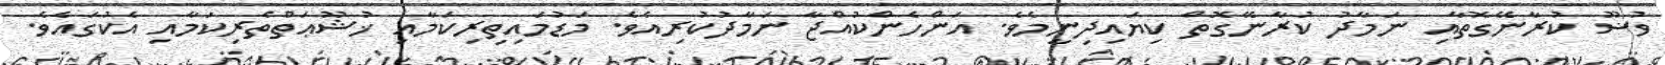
ވުޟޫ ކުރާނޭގޮތާއި ނަމާދު ކުރާނޭގޮތް ކިޔައިދިނީމެވެ. އަންހެންކުއްޖާ ނަމާދުކުރިއެވެ. މަޑުމައިތިރިކަމާއި ޚުޝޫޢަތްތެރިކަމާއި އެކުގައެވެ.